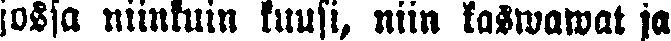
jossa niinkuin kuusi, niin kaswawat ja